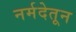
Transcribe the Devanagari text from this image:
नर्मदेतून